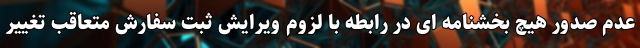
عدم صدور هیچ بخشنامه ای در رابطه با لزوم ویرایش ثبت سفارش متعاقب تغییر